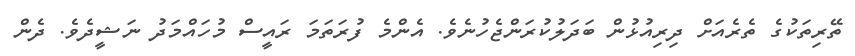
ތޭރިތަކުގެ ތެރެއަށް ދިރިއުޅުން ބަދަލުކުރަންޖެހުނެވެ. އެންމެ ފުރަތަމަ ރައީސް މުހައްމަދު ނަޝީދެވެ. ދެން